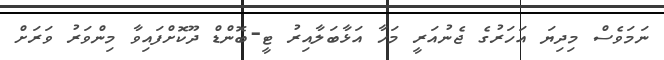
ނަމަވެސް މިދިޔަ އަހަރުގެ ޖެނުއަރީ މަހާ އަޅާބަލާއިރު ޓީ-ބޮންޑް ދޫކޮށްފައިވާ މިންވަރު ވަރަށް